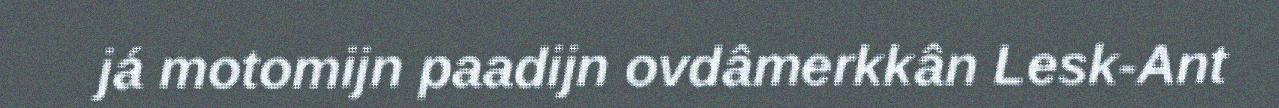
já motomijn paadijn ovdâmerkkân Lesk-Ant